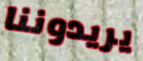
يريدوننا